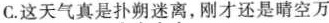
C.这天气真是扑朔迷离，刚才还是晴空万